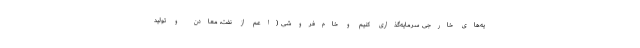
یه‌های خارجی سرمایه‌گذاری کنیم و خام‌فروشی (اعم از نفت، معادن و تولید